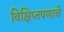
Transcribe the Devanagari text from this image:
विक्षिप्तपणाचे